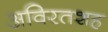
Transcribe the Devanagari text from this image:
अविरतशह